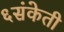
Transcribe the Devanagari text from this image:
६संकेती